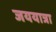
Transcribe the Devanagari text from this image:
जययात्रा